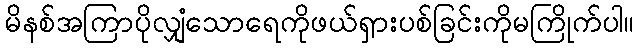
မိနစ်အကြာပိုလျှံသောရေကိုဖယ်ရှားပစ်ခြင်းကိုမကြိုက်ပါ။